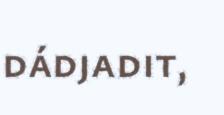
dádjadit,